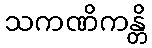
သကဏိကန္တိ